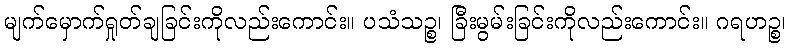
မျက်မှောက်ရှုတ်ချခြင်းကိုလည်းကောင်း။ ပသံသဉ္စ၊ ခြီးမွမ်းခြင်းကိုလည်းကောင်း။ ဂရဟဉ္စ၊